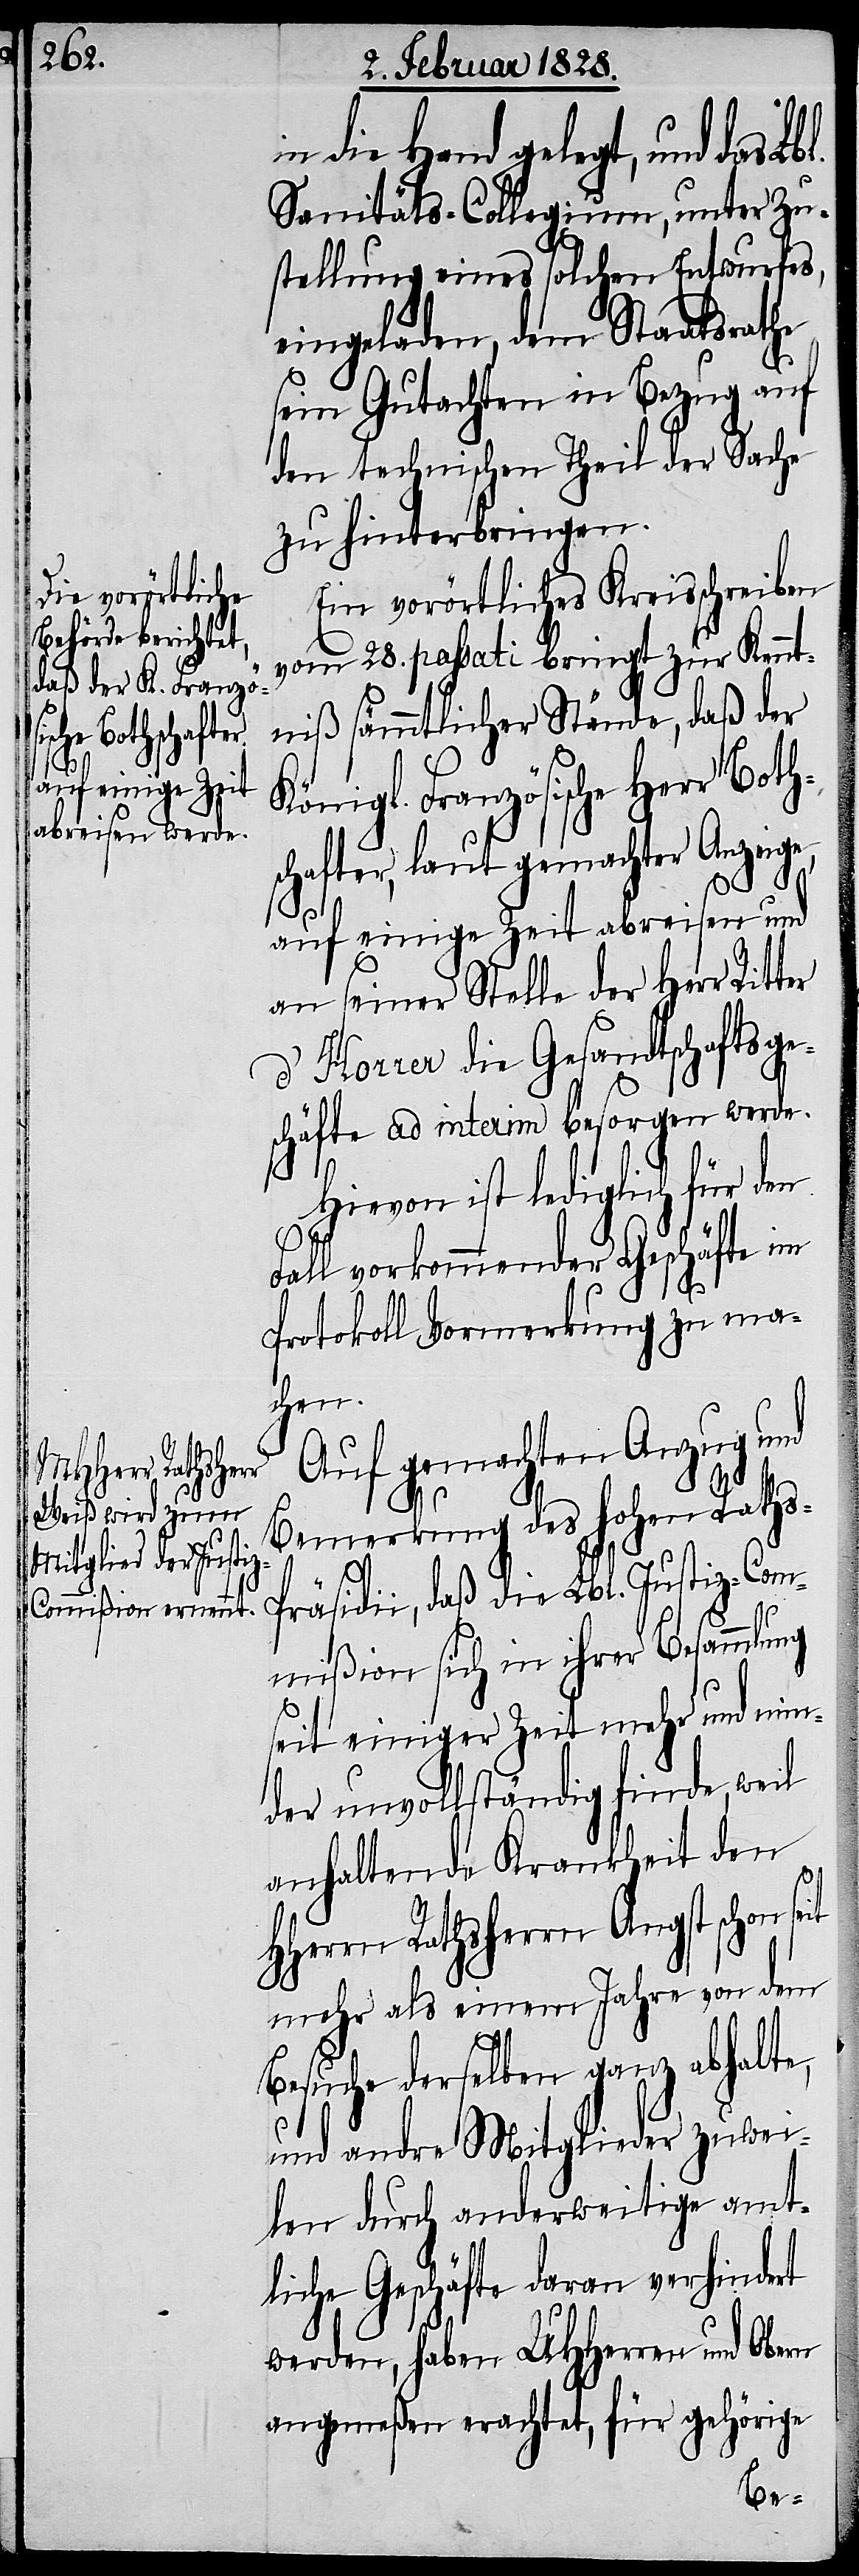
in die Hand gelegt, und das Lb¬
Sanitäts-Collegium, unter Zu¬
stellung eines solchen Entwurfes,
eingeladen, dem Staatsrathe
sein Gutachten in Bezug auf
den technischen Theil der Sache
zu hinterbringen.
Ein vorörtliches Kreisschreiben
vom 28. passati bringt zur Kennt¬
niß sämmtlicher Stände, daß der
Königl. Französische Herr Bot¬
schafter, laut gemachter Anzeige,
s-P¬
auf einige Zeit abreisen und
an seiner Stelle der Herr Ritt¬
d’Horrer die Gesandtschaftsge¬
schäfte ad interim besorgen werde.
Hievon ist lediglich für den
Fall vorkommender Geschäfte im
Protokoll Vormerkung zu ma¬
chen.
Auf gemachten Anzug und
Bemerkung des hohen Rath¬
räsidii, daß die Lbl. Justiz-Com¬
mißion sich in ihrer Besammlung
seit einiger Zeit mehr und min¬
der unvollständig finde, weil
anhaltende Krankheit den
HHerrn Rathsherrn Angst schon
mehr als einem Jahre von dem
Besuche derselben ganz abhalte,
er
und andre Mitglieder zuwei¬
len durch anderweitige amt¬
liche Geschäfte daran verhindert
werden, haben UHHerren und Obern
angemeßen erachtet, für gehörige